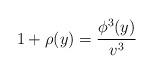
LaTeX: \begin{align*} 1+\rho(y) = \frac{\phi^3(y)}{v^3}\end{align*}